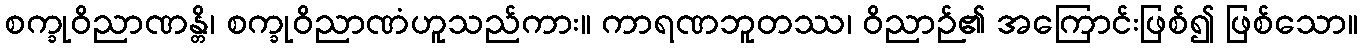
စက္ခုဝိညာဏန္တိ၊ စက္ခုဝိညာဏံဟူသည်ကား။ ကာရဏဘူတဿ၊ ဝိညာဉ်၏ အကြောင်းဖြစ်၍ ဖြစ်သော။